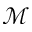
\mathcal { M }